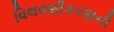
વિલવણીકરણની